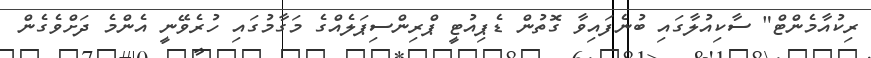
ރިކުއާމެންޓް" ސާކިއުލާގައި ބުނެފައިވާ ގޮތުން ޑެޕިއުޓީ ޕްރިންސިޕަލެއްގެ މަގާމުގައި ހުރެވޭނީ އެންމެ ދަށްވެގެން